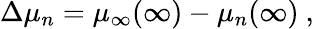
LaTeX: \Delta\mu_{n}=\mu_{\infty}(\infty)-\mu_{n}(\infty)\ ,